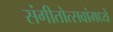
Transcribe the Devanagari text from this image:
संगीतोत्सवांमध्ये